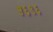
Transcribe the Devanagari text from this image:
५६९६